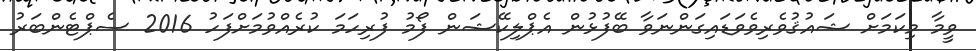
ވީމާ މިކަމަށް ޝައުޤުވެރިވެވަޑައިގަންނަވާ ބޭފުޅުން އެޕްލިކޭޝަން ފޯމު ފުރިހަމަ ކުރެއްވުމަށްފަހު 2016 ސެޕްޓެންބަރު